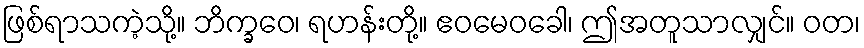
ဖြစ်ရာသကဲ့သို့။ ဘိက္ခဝေ၊ ရဟန်းတို့။ ဧဝမေဝခေါ၊ ဤအတူသာလျှင်။ ဝတ၊